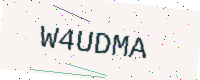
Text: W4UDMA